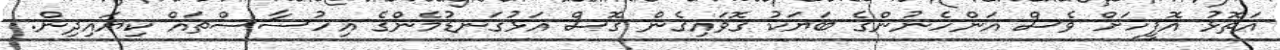
އަތޮޅު އޮފީހަށް ވެސް އަންހެނުންގެ ބަޔަކު ގޮވައިގެން ގޮސް އަޅުގަނޑުމެންގެ އިހުސާސްތައް ކިޔައިދިން.